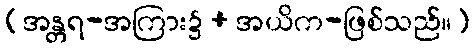
(အန္တရ-အကြား၌ + အယိက-ဖြစ်သည်။)